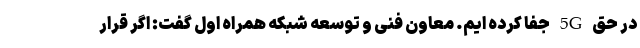
در حق 5G جفا کرده ایم. معاون فنی و توسعه شبکه همراه اول گفت: اگر قرار